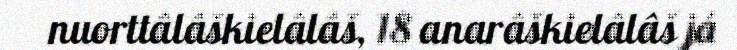
nuorttâlâškielâlâš, 18 anarâškielâlâš já